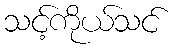
သင့်ကိုယ်သင်